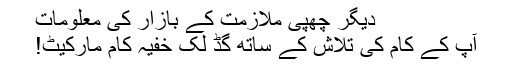
دیگر چھپی ملازمت کے بازار کی معلومات
آپ کے کام کی تلاش کے ساتھ گڈ لک خفیہ کام مارکیٹ!